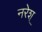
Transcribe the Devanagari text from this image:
नरेश्